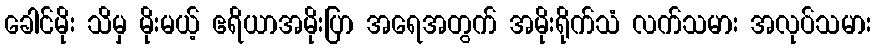
ခေါင်မိုး သိမှ မိုးမယ့် ဧရိယာအမိုးပြာ အရေအတွက် အမိုးရိုက်သံ လက်သမား အလုပ်သမား